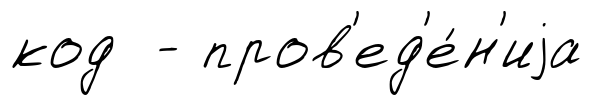
код - пров'ед'е́н'иjа